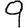
Digit: 9